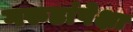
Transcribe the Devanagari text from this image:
गरुडांपेक्षा